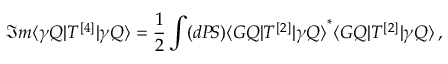
\Im m \langle \gamma Q | T ^ { [ 4 ] } | \gamma Q \rangle = \frac { 1 } { 2 } \int ( d P \! S ) { \langle G Q | T ^ { [ 2 ] } | \gamma Q \rangle } ^ { * } \langle G Q | T ^ { [ 2 ] } | \gamma Q \rangle \, ,